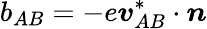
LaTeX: b_{AB}=-e{\boldsymbol{v}}_{AB}^{*}\cdot{\boldsymbol{n}}